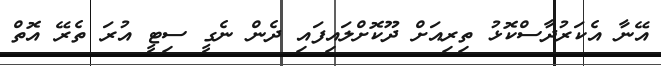
އޭނާ އެކަރުދާސްކޮޅު ތިރިއަށް ދޫކޮށްލައިފައި ދެން ނެގީ ސިޓީ އުރަ ތެރޭ އޮތް